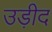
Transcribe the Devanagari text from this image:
उड़ीद